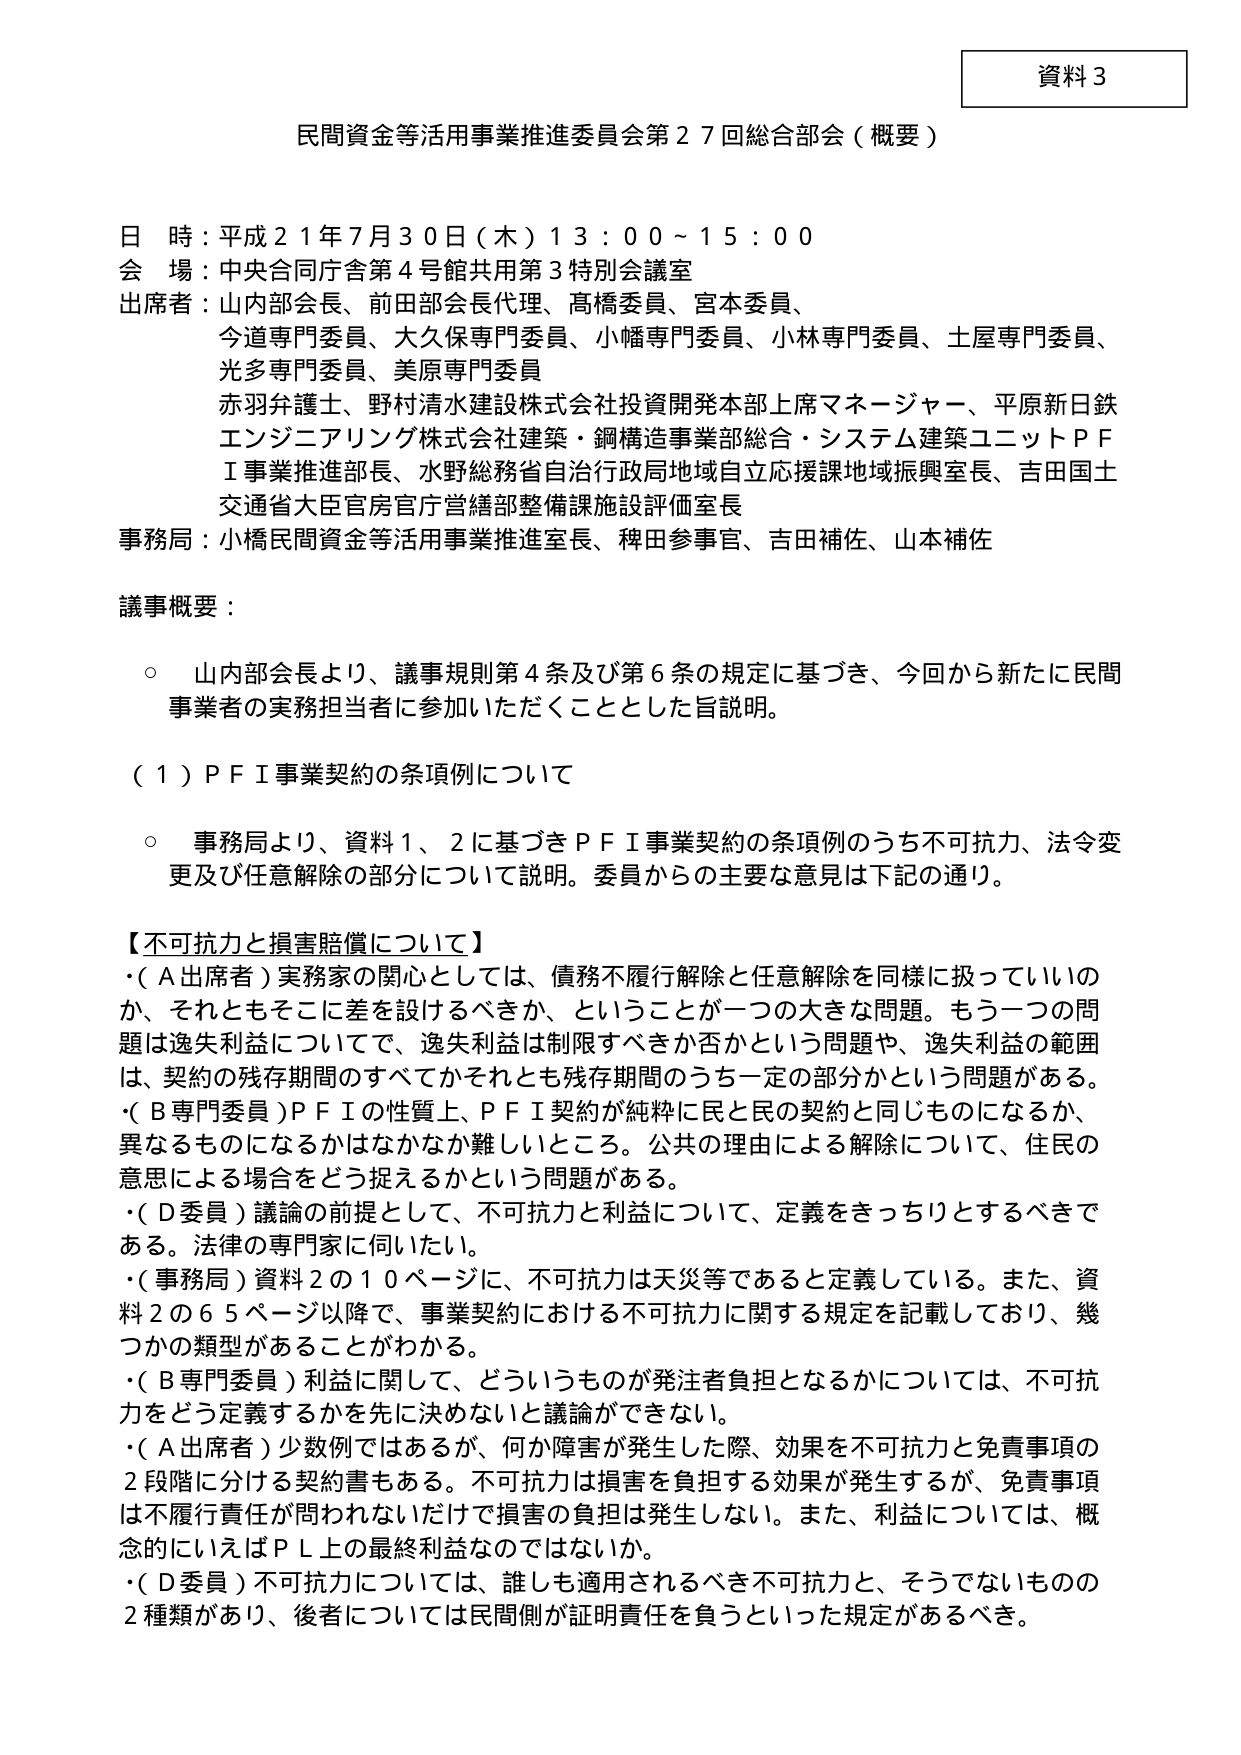
資料３

民間資金等活用事業推進委員会第２７回総合部会（概要）

日 時：平成２１年７月３０日（木）１３：００～１５：００
会 場：中央合同庁舎第４号館共用第３特別会議室
出席者：山内部会長、前田部会長代理、高橋委員、宮本委員、
　　　　今道専門委員、大久保専門委員、小幡専門委員、小林専門委員、土屋専門委員、
　　　　光多専門委員、美原専門委員
　　　　赤羽弁護士、野村清水建設株式会社投資開発本部上席マネージャー、平原新日鉄
　　　　エンジニアリング株式会社建築・鋼構造事業部総合・システム建築ユニットＰＦ
　　　　Ｉ事業推進部長、水野総務省自治行政局地域自立応援課地域振興室長、吉田国土
　　　　交通省大臣官房官庁営繕部整備課施設評価室長
事務局：小橋民間資金等活用事業推進室長、稗田参事官、吉田補佐、山本補佐

議事概要：
○ 山内部会長より、議事規則第４条及び第６条の規定に基づき、今回から新たに民間
　事業者の実務担当者に参加いただくこととした旨説明。

（１）ＰＦＩ事業契約の条項例について
○ 事務局より、資料１、２に基づきＰＦＩ事業契約の条項例のうち不可抗力、法令変
　更及び任意解除の部分について説明。委員からの主要な意見は下記の通り。

【不可抗力と損害賠償について】
・（Ａ出席者）実務家の関心としては、債務不履行解除と任意解除を同様に扱っていいの
　か、それともそこに差を設けるべきか、ということが一つの大きな問題。もう一つの問
　題は逸失利益についてで、逸失利益は制限すべきか否かという問題や、逸失利益の範囲
　は、契約の残存期間のすべてかそれとも残存期間のうち一定の部分かという問題がある。
・（Ｂ専門委員）ＰＦＩの性質上、ＰＦＩ契約が純粋に民と民の契約と同じものになるか、
　異なるものになるかはなかなか難しいところ。公共の理由による解除について、住民の
　意思による場合をどう捉えるかという問題がある。
・（Ｄ委員）議論の前提として、不可抗力と利益について、定義をきっちりとするべきで
　ある。法律の専門家に伺いたい。
・（事務局）資料２の１０ページに、不可抗力は天災等であると定義している。また、資
　料２の６５ページ以降で、事業契約における不可抗力に関する規定を記載しており、幾
　つかの類型があることがわかる。
・（Ｂ専門委員）利益に関して、どういうものが発注者負担となるかについては、不可抗
　力をどう定義するかを先に決めないと議論ができない。
・（Ａ出席者）少数例ではあるが、何か障害が発生した際、効果を不可抗力と免責事項の
　２段階に分ける契約書もある。不可抗力は損害を負担する効果が発生するが、免責事項
　は不履行責任が問われないだけで損害の負担は発生しない。また、利益については、概
　念的にいえばＰＬ上の最終利益なのではないか。
・（Ｄ委員）不可抗力については、誰しも適用されるべき不可抗力と、そうでないものの
　２種類があり、後者については民間側が証明責任を負うといった規定があるべき。